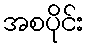
အစပိုင်း